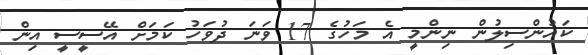
ކައުންސިލުން ނިންމީ އެ މަހުގެ 17 ވަނަ ދުވަހު ކަމަށް އޭސީސީ އިން